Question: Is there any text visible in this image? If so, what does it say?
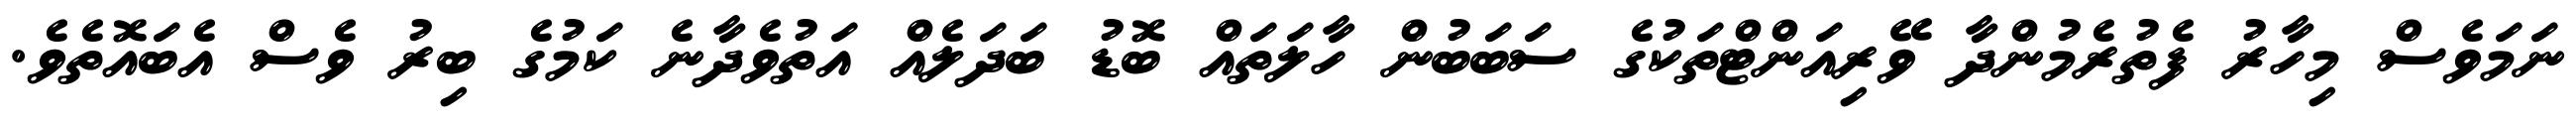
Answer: ނަމަވެސް މިހާރު ފެތުރެމުންދާ ވޭރިއަންޓްތަކުގެ ސަބަބުން ހާލަތައް ބޮޑު ބަދަލެއް އަތުވެދާނެ ކަމުގެ ބިރު ވެސް އެބައޮތެވެ.